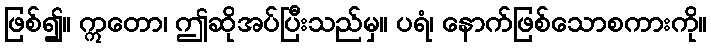
ဖြစ်၍။ ဣတော၊ ဤဆိုအပ်ပြီးသည်မှ။ ပရံ၊ နောက်ဖြစ်သောစကားကို။